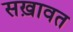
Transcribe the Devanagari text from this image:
सख़ावत